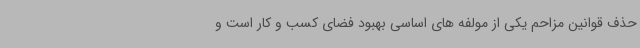
حذف قوانین مزاحم یکی از مولفه های اساسی بهبود فضای کسب و کار است و